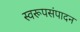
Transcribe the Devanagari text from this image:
स्वरूपसंपादन